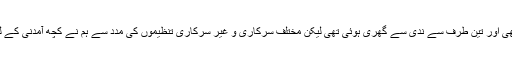
نسیمہ بتاتی ہیں کہ ” یہ ایک بنجر زمین تھی اور تین طرف سے ندی سے گھری ہوئی تھی لیکن مختلف سرکاری و غیر سرکاری تنظیموں کی مدد سے ہم نے کچھ آمدنی کے لئے کاجو کی ایک پروسیسنگ یونٹ لگایا۔